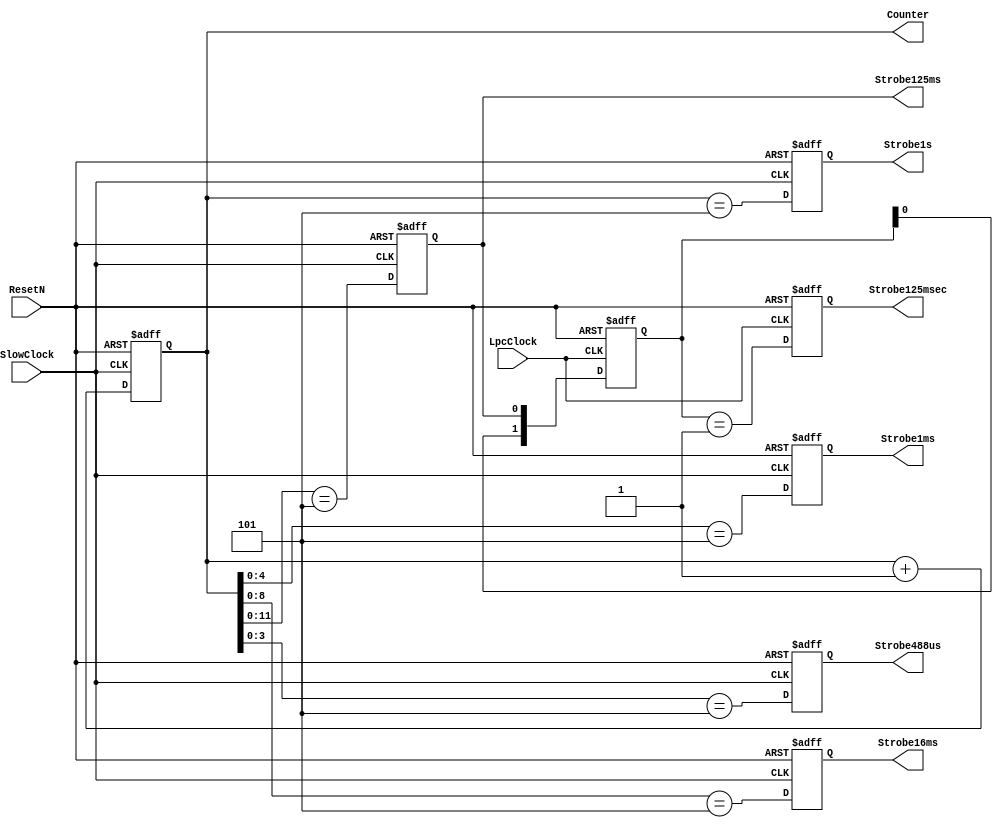
//******************************************************************************
// Module name      : StrobeGen
// Company          : Radware
// Project name     : ODS-MR
// Card name        : Yarkon
// Designer         : Iris  Bener Sharoni
// Status           : Under design
// Last modified by : Carlos Chen
// Version          : 1.0
// Description      : Generates cyclic strobe signals
// Hierarchy Up     : ODS_MR
// Hierarchy Down   : -
// Card Release     : 1.0
//******************************************************************************

//------------------------------------------------------------------------------
// Macro define or include file
//------------------------------------------------------------------------------
// None

//------------------------------------------------------------------------------
// Module declaration
//------------------------------------------------------------------------------
module StrobeGen (
    ResetN,         // In, Reset signal
    LpcClock,       // In, 33 MHz Lpc
    SlowClock,      // In, Oscillator Clock 32,768 Hz

    Strobe1s,       // Out, Single SlowClock Pulse @ 1 s
    Strobe488us,    // Out, Single SlowClock Pulse @ 488 us
    Strobe1ms,      // Out, Single SlowClock Pulse @ 1 ms
    Strobe16ms,     // Out, Single SlowClock Pulse @ 16 ms
    Strobe125ms,    // Out, Single SlowClock Pulse @ 125 ms
    Strobe125msec,  // Out, Single LpcClock  Pulse @ 125 ms
    Counter         // Out, 15 bit Free run Counter on Slow Clock
);

//------------------------------------------------------------------------------
// Parameter declaration
//------------------------------------------------------------------------------
//--------------------------------------------------------------------------
// User defined parameter
//--------------------------------------------------------------------------
// None

//--------------------------------------------------------------------------
// Standard parameter
//--------------------------------------------------------------------------
// None

//--------------------------------------------------------------------------
// Local parameter
//--------------------------------------------------------------------------
// time delay, flip-flop output assignment delay for simulation waveform trace
localparam TD = 1;

//------------------------------------------------------------------------------
// Variable declaration
//------------------------------------------------------------------------------
// None

//------------------------------------------------------------------------------
// Input/Output declaration
//------------------------------------------------------------------------------
//--------------------------------------------------------------------------
// Input declaration
//--------------------------------------------------------------------------
input           ResetN;
input           LpcClock;
input           SlowClock;

//--------------------------------------------------------------------------
// Output declaration
//--------------------------------------------------------------------------
output          Strobe1s;
output          Strobe1ms;
output          Strobe16ms;
output          Strobe125ms;
output          Strobe125msec;
output          Strobe488us;
output  [14:0]  Counter;

//------------------------------------------------------------------------------
// Signal declaration
//------------------------------------------------------------------------------
//--------------------------------------------------------------------------
// Wire declaration
//--------------------------------------------------------------------------
//----------------------------------------------------------------------
// Combinational, module connection
//----------------------------------------------------------------------
// None

//--------------------------------------------------------------------------
// Reg declaration
//--------------------------------------------------------------------------
//----------------------------------------------------------------------
// Combinational
//----------------------------------------------------------------------
//------------------------------------------------------------------
// Output
//------------------------------------------------------------------
// None

//------------------------------------------------------------------
// Internal signal
//------------------------------------------------------------------
// None

//------------------------------------------------------------------
// FSM
//------------------------------------------------------------------
// None

//----------------------------------------------------------------------
// Sequential
//----------------------------------------------------------------------
//------------------------------------------------------------------
// Output
//------------------------------------------------------------------
reg             Strobe1s;
reg             Strobe1ms;
reg             Strobe16ms;
reg             Strobe125ms;
reg             Strobe488us;
reg     [14:0]  Counter;

//------------------------------------------------------------------
// Internal signal
//------------------------------------------------------------------
reg     [1:0]   StrobeEdge;
reg             Strobe125msec;

//------------------------------------------------------------------
// FSM
//------------------------------------------------------------------
// None

//------------------------------------------------------------------------------
// Task/Function description and included task/function description
//------------------------------------------------------------------------------
// None

//------------------------------------------------------------------------------
// Main code
//------------------------------------------------------------------------------
//--------------------------------------------------------------------------
// Combinational circuit
//--------------------------------------------------------------------------
//----------------------------------------------------------------------
// Output
//----------------------------------------------------------------------
// None

//----------------------------------------------------------------------
// Internal signal
//----------------------------------------------------------------------
// None

//----------------------------------------------------------------------
// FSM
//----------------------------------------------------------------------
// None

//--------------------------------------------------------------------------
// Sequential circuit
//--------------------------------------------------------------------------
//----------------------------------------------------------------------
// Output
//----------------------------------------------------------------------
always @ (posedge SlowClock or negedge ResetN) begin
  if (!ResetN) begin
      Strobe1s <= #TD 1'b0;
      Strobe1ms <= #TD 1'b0;
      Strobe16ms <= #TD 1'b0;
      Strobe125ms <= #TD 1'b0;
      Strobe488us <= #TD 1'b0;
      Counter <= #TD 15'd0;
  end else begin
      Strobe1s <= #TD (Counter == 15'h5);
      Strobe1ms <= #TD (Counter[4:0] == 5'h5);
      Strobe16ms <= #TD (Counter[8:0] == 9'h5);
      Strobe125ms <= #TD (Counter[11:0] == 12'h5);
      Strobe488us <= #TD (Counter[3:0] == 4'h5);
      Counter <= #TD Counter + 15'd1;
  end
end

always @ (posedge LpcClock or negedge ResetN) begin
  if (!ResetN)
      Strobe125msec <= #TD 0;
  else
      Strobe125msec <= #TD (StrobeEdge == 2'h1);
end

//----------------------------------------------------------------------
// Internal signal
//----------------------------------------------------------------------
always @ (posedge LpcClock or negedge ResetN) begin
  if (!ResetN)
      StrobeEdge <= #TD 2'b00;
  else
      StrobeEdge <= #TD {StrobeEdge[0], Strobe125ms};
end

//----------------------------------------------------------------------
// FSM
//----------------------------------------------------------------------
// None

//--------------------------------------------------------------------------
// Module instantiation
//--------------------------------------------------------------------------
// None

endmodule